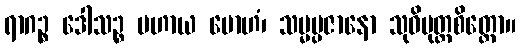
ရာဂဉ္စ ဒေါသဉ္စ ပဟာယ မောဟံ၊ သမ္မပ္ပဇာနော သုဝိမုတ္တစိတ္တော။